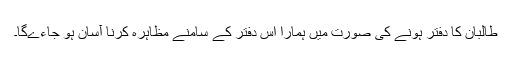
طالبان کا دفتر ہونے کی صورت میں ہمارا اس دفتر کے سامنے مظاہرہ کرنا آسان ہو جاءےگا۔